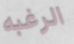
الرغبه